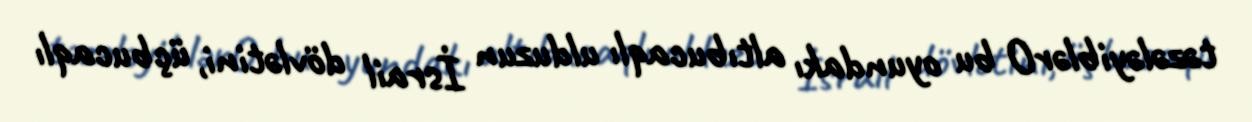
təzələyiblərO bu oyundakı altıbucaqlı ulduzun İsrail dövlətini, üçbucaqlı